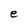
Character: e